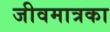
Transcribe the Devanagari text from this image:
जीवमात्रका